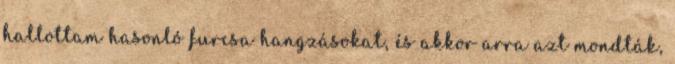
hallottam hasonló furcsa hangzásokat, és akkor arra azt mondták,